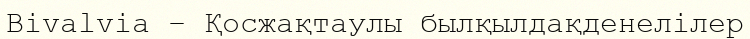
Bivalvia – Қосжақтаулы былқылдақденелілер